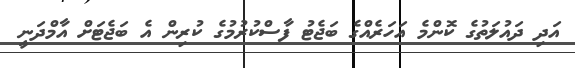
އަދި ދައުލަތުގެ ކޮންމެ އަހަރެއްގެ ބަޖެޓު ފާސްކުރުމުގެ ކުރިން އެ ބަޖެޓަށް އާމްދަނީ